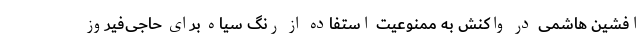
افشین هاشمی در واکنش به ممنوعیت استفاده از رنگ سیاه برای حاجی‌فیروز